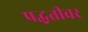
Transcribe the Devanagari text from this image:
पद्घतीवर